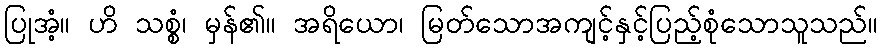
ပြုအံ့။ ဟိ သစ္စံ၊ မှန်၏။ အရိယော၊ မြတ်သောအကျင့်နှင့်ပြည့်စုံသောသူသည်။